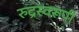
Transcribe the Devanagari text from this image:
रुद्रस्वरूपी